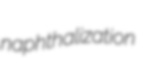
naphthalization